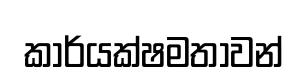
කාර්යක්ෂමතාවන්